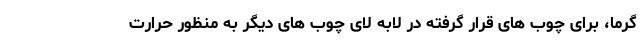
گرما، برای چوب های قرار گرفته در لابه لای چوب های دیگر به منظور حرارت